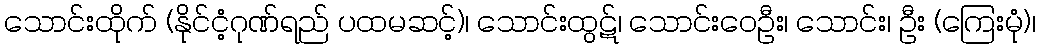
သောင်းထိုက် (နိုင်ငံ့ဂုဏ်ရည် ပထမဆင့်)၊ သောင်းထွဋ်၊ သောင်းဝေဦး၊ သောင်း၊ ဦး (ကြေးမုံ)၊